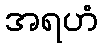
အရဟံ